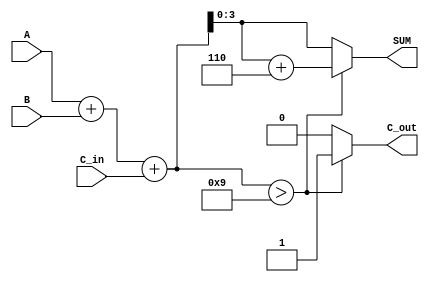
module BCD_Asynchronous_Adder (
    input [3:0] A,       // First BCD digit
    input [3:0] B,       // Second BCD digit
    input C_in,          // Carry-in
    output reg [3:0] SUM, // BCD result
    output reg C_out     // Carry-out
);

// Internal signals
wire [4:0] S;          // 5-bit sum to accommodate carry
wire correction_needed; // Signal indicating correction is needed

// Calculate the binary sum
assign S = A + B + C_in;

// Determine if correction is needed (S > 9)
assign correction_needed = (S > 9);

// Asynchronous output logic
always @(*) begin
    if (correction_needed) begin
        SUM = S + 4'b0110; // Add 6 for BCD correction
        C_out = 1;         // Set carry-out
    end else begin
        SUM = S[3:0];      // No correction needed
        C_out = 0;         // No carry-out
    end
end

endmodule